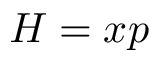
H = x p